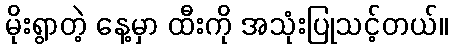
မိုးရွာတဲ့ နေ့မှာ ထီးကို အသုံးပြုသင့်တယ်။